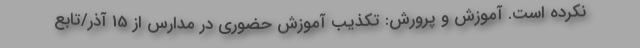
نکرده است. آموزش و پرورش: تکذیب آموزش حضوری در مدارس از 15 آذر/تابع